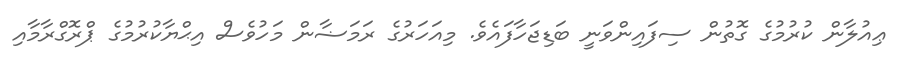
ޢިއުލާން ކުރުމުގެ ގޮތުން ސިފައިންވަނީ ބަޑިޖަހާފައެވެ. މިއަހަރުގެ ރަމަޟާން މަހުވެސް އިޙްޔާކުރުމުގެ ޕްރޮގްރާމާއި